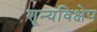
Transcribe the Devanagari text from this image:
शून्यविक्षेप